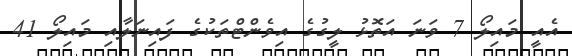
އެއީ މައިލޯ 7 ވަނަ އަތޮޅު ލީގުގެ އިވެންޓްތަކުގެ ފައިނަލާއި މައިލޯ 41